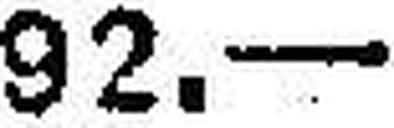
92. —